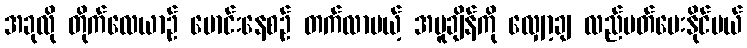
အခုလို တိုက်လေယာဉ် မောင်းနေစဉ် တက်လာမယ့် အပူချိန်ကို လျှော့ချ လည်ပတ်ပေးနိုင်မယ်